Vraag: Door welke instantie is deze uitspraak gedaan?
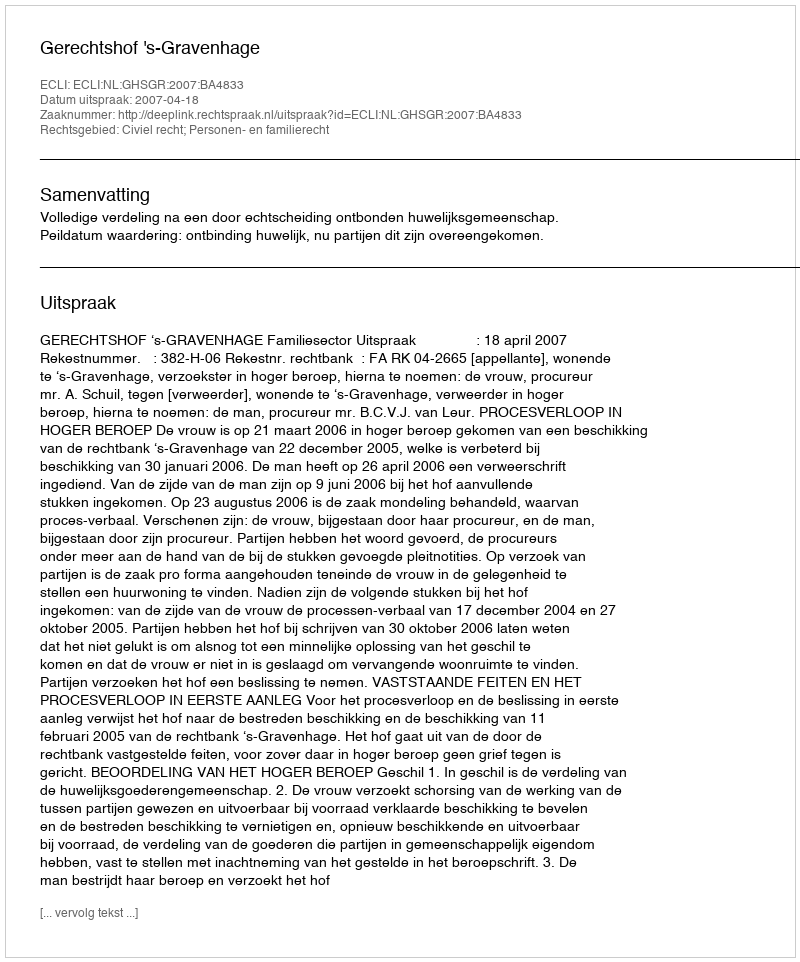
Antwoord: Gerechtshof 's-Gravenhage